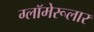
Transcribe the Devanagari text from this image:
ग्लॉमेरूलार